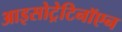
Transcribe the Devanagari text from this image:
आइसोट्रेटिनॉएन